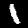
Digit: 1